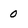
Character: o